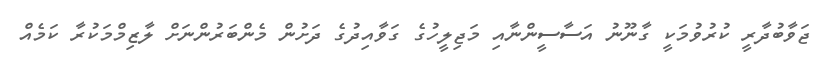
ޖަވާބުދާރީ ކުރުވުމަކީ ގާނޫނު އަސާސީންނާއި މަޖިލީހުގެ ގަވާއިދުގެ ދަށުން މެންބަރުންނަށް ލާޒިމްމަކުރާ ކަމެއް